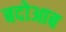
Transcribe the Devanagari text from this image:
बदोआब